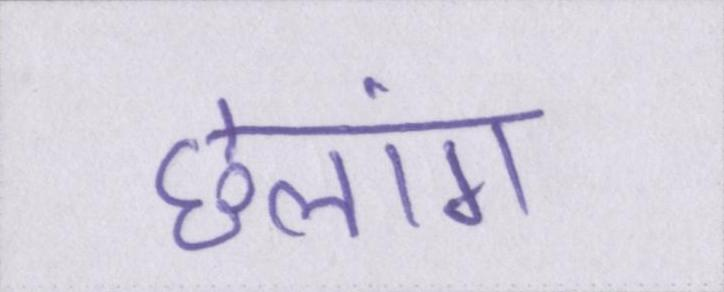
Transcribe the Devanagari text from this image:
छलांग